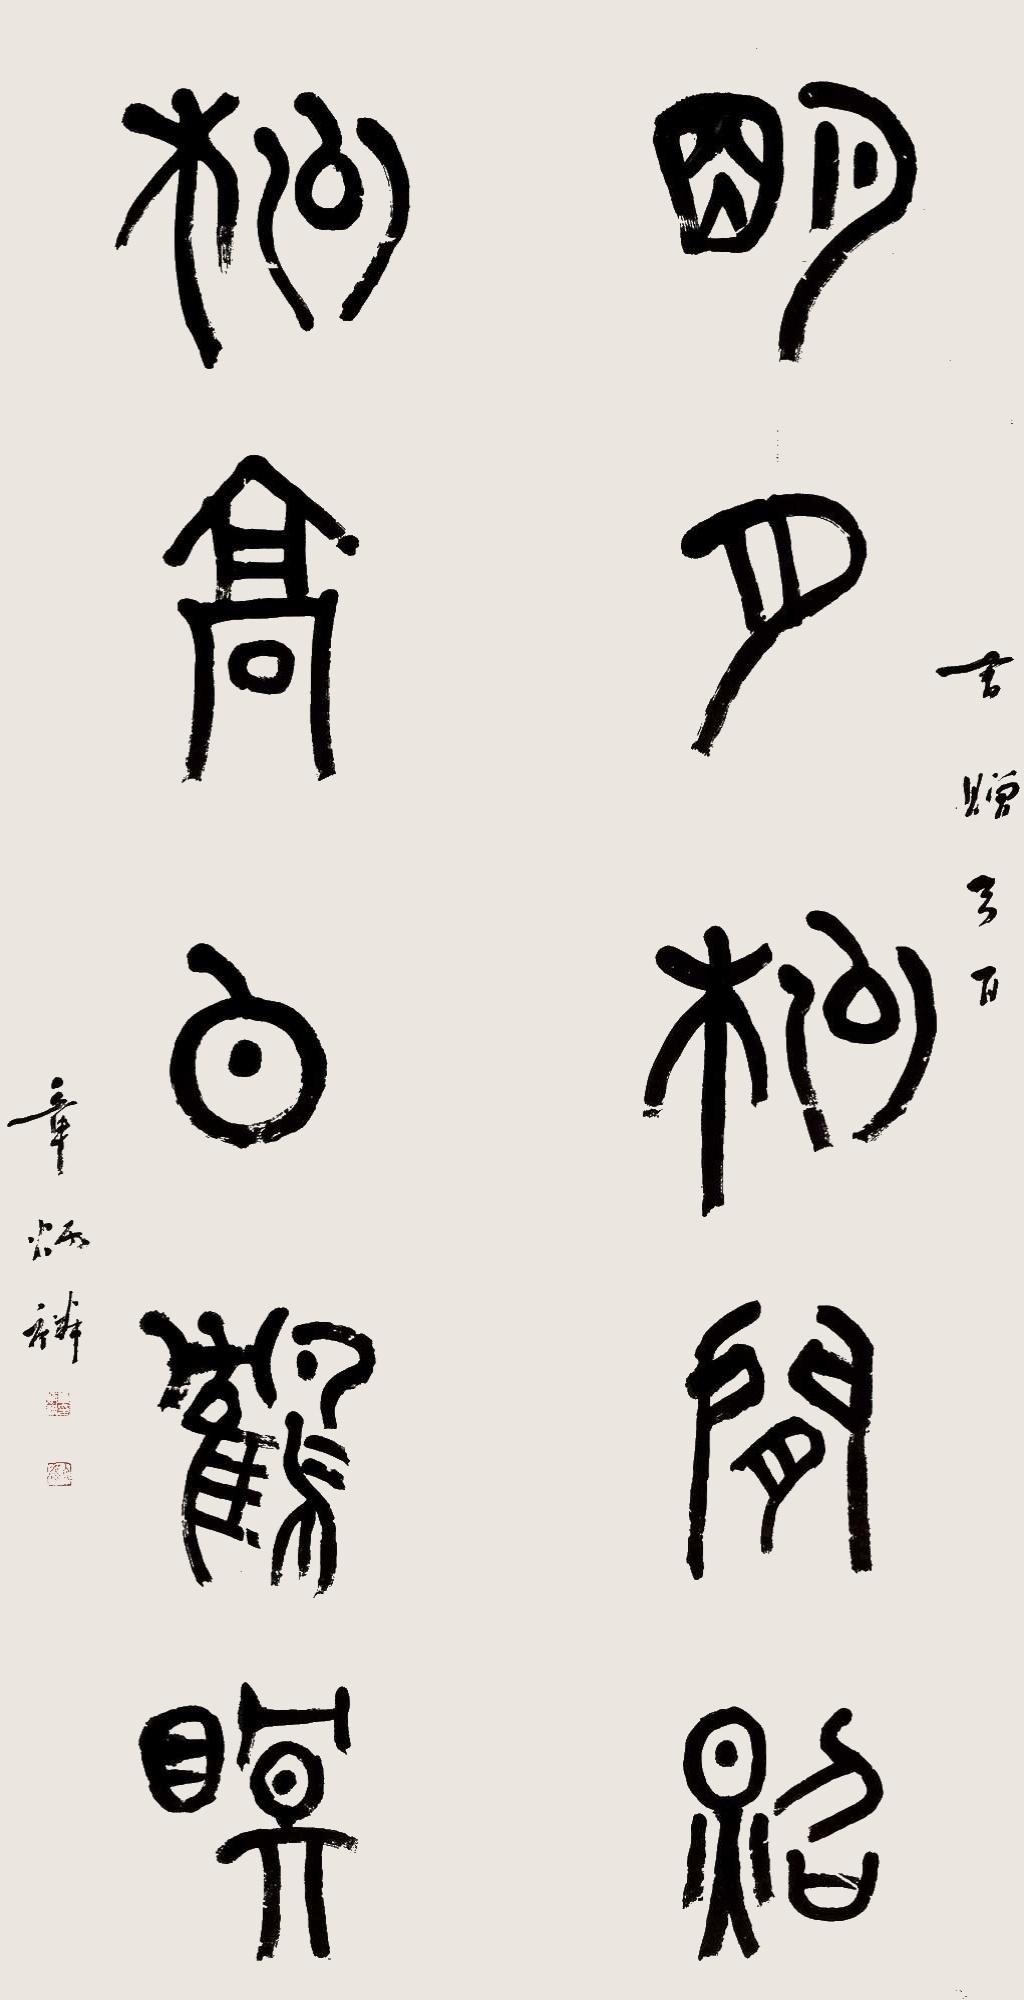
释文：明月松间照，松高白鹤眠。书赠弓百。章炳麟。